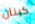
كينان